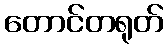
တောင်တရုတ်